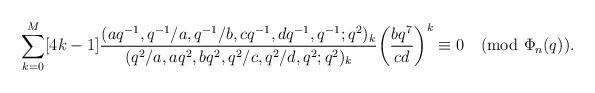
LaTeX: \begin{align*}\sum_{k=0}^{M}[4k-1]\frac{(aq^{-1},q^{-1}/a,q^{-1}/b,cq^{-1},dq^{-1},q^{-1};q^2)_k}{(q^2/a,aq^2,bq^2,q^2/c,q^2/d,q^2;q^2)_k}\bigg(\frac{bq^7}{cd}\bigg)^k\equiv0\pmod{\Phi_n(q)}.\end{align*}